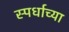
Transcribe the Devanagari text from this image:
स्पर्धाच्या